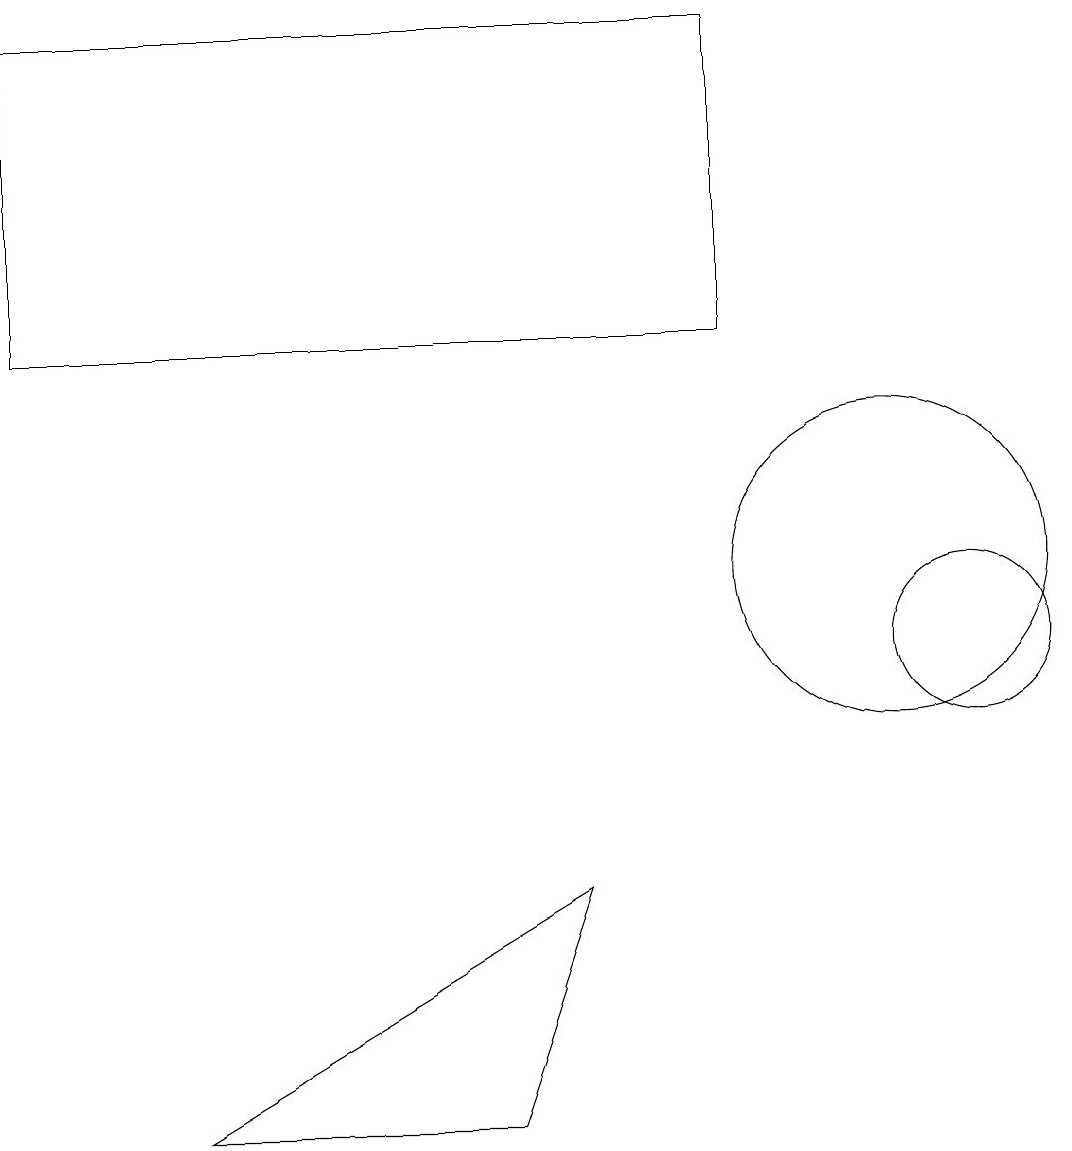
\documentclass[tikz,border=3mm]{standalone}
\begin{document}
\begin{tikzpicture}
\draw (2,5) -- (7,8) -- (6,5) -- cycle;
\draw (9,15) rectangle (0,19);
\draw (12,11) circle (1);
\draw (11,12) circle (2);
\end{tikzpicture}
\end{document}